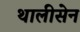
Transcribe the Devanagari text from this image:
थालीसेन